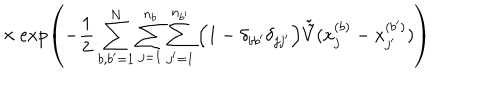
LaTeX: \times \exp \left( - \frac { 1 } { 2 } \sum _ { b , b ^ { \prime } = 1 } ^ { N } \sum _ { j = 1 } ^ { n _ { b } } \sum _ { j ^ { \prime } = 1 } ^ { n _ { b ^ { \prime } } } \Big ( 1 - \delta _ { b b ^ { \prime } } \delta _ { j j ^ { \prime } } \Big ) \tilde { \tilde { V } } ( x _ { j } ^ { ( b ) } - x _ { j ^ { \prime } } ^ { ( b ^ { \prime } ) } ) \right)